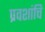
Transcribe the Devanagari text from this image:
प्रवशांचि